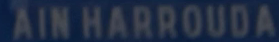
AIN HARROUDA